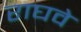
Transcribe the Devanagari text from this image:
राघवे